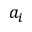
a _ { i }